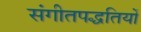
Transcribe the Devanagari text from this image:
संगीतपद्धतियों